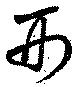
刑